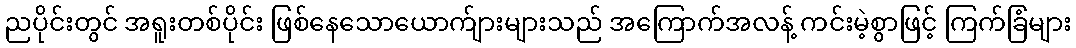
ညပိုင်းတွင် အရူးတစ်ပိုင်း ဖြစ်နေသောယောက်ျားများသည် အကြောက်အလန့် ကင်းမဲ့စွာဖြင့် ကြက်ခြံများ